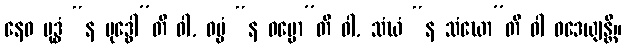
နေဝ ဗုဒ္ဓံ “န ဗုဒ္ဓေါ”တိ ဝါ, ဓမ္မံ “န ဓမ္မော”တိ ဝါ, သံဃံ “န သံဃော”တိ ဝါ ဝဒေယျန္တိ။